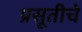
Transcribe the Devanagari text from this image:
प्रसूतीचे